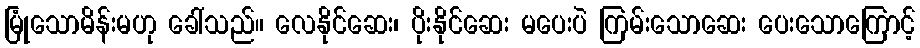
မြုံသောမိန်းမဟု ခေါ်သည်။ လေနိုင်ဆေး၊ ပိုးနိုင်ဆေး မပေးပဲ ကြမ်းသောဆေး ပေးသောကြောင့်